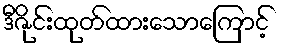
ဒီဇိုင်းထုတ်ထားသောကြောင့်